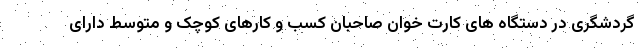
گردشگری در دستگاه های کارت خوان صاحبان کسب و کارهای کوچک و متوسط دارای